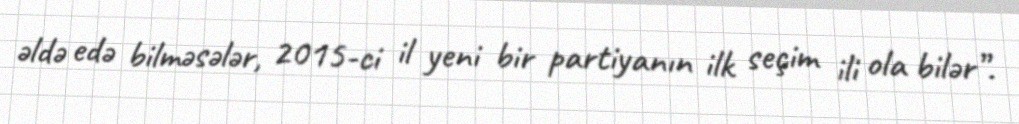
əldə edə bilməsələr, 2015-ci il yeni bir partiyanın ilk seçim ili ola bilər”.